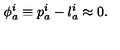
\phi _ { a } ^ { i } \equiv p _ { a } ^ { i } - l _ { a } ^ { i } \approx 0 .